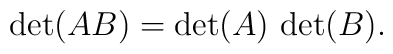
\det (AB) = \det (A) \, \det (B).